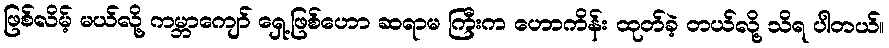
ဖြစ်လိမ့် မယ်လို့ ကမ္ဘာကျော် ရှေ့ဖြစ်ဟော ဆရာမ ကြီးက ဟောကိန်း ထုတ်ခဲ့ တယ်လို့ သိရ ပါတယ်။